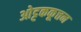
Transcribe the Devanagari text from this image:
ओट्टककूत्तन